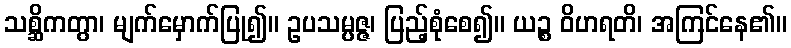
သစ္ဆိကတွာ၊ မျက်မှောက်ပြု၍။ ဥပသမ္ပဇ္ဇ၊ ပြည့်စုံစေ၍။ ယဉ္စ ဝိဟရတိ၊ အကြင်နေ၏။